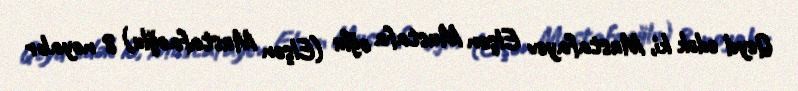
Qeyd edək ki, Mustafayev Elşən Mustafa oğlu (Elşən Mustafaoğlu) 8 noyabr